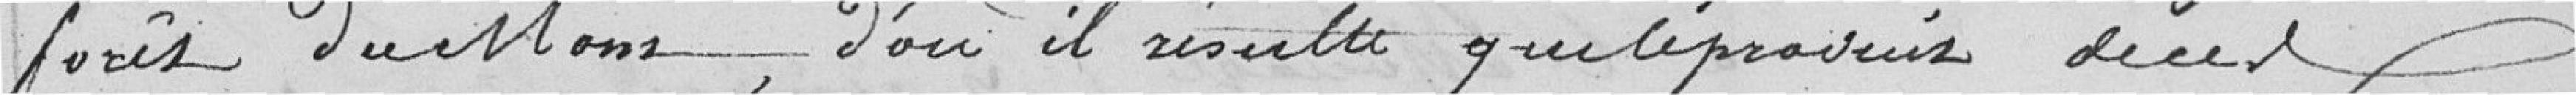
forêt du Mont, d'où il résulte que le produit des ces